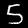
Digit: 5